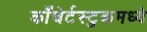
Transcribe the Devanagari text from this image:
काँचेर्टस्टुकमध्ये